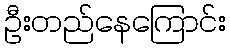
ဦးတည်နေကြောင်း